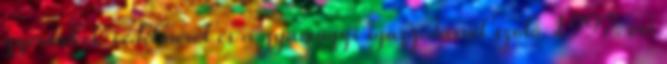
gyermekek védelméről és a gyámügyi igazgatásról szóló 1997. évi